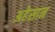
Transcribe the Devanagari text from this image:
अहेसान